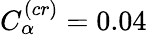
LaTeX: C_{\alpha}^{(cr)}=0.04